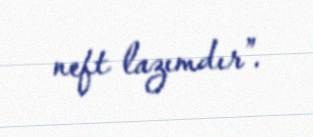
neft lazımdır”.